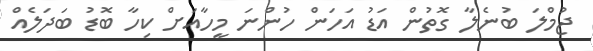
ޖުމްލަ ބުނެލާ ގޮތުން އަޑު އަހަން ހުންނަ މީހާއަށް ކިހާ ބޮޑު ބަދަލެއް